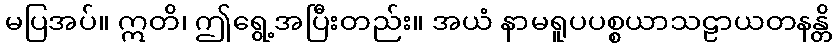
မပြအပ်။ ဣတိ၊ ဤရွေ့အပြီးတည်း။ အယံ နာမရူပပစ္စယာသဠာယတနန္တိ